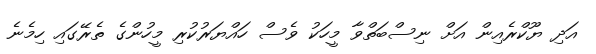
އަދި ޔޫކްރެއިން އަށް ނިސްބަތްވާ މީހަކު ވެސް ހައްޔަރުކުރި މީހުންގެ ތެރޭގައި ހިމެނެ